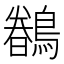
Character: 𮭎